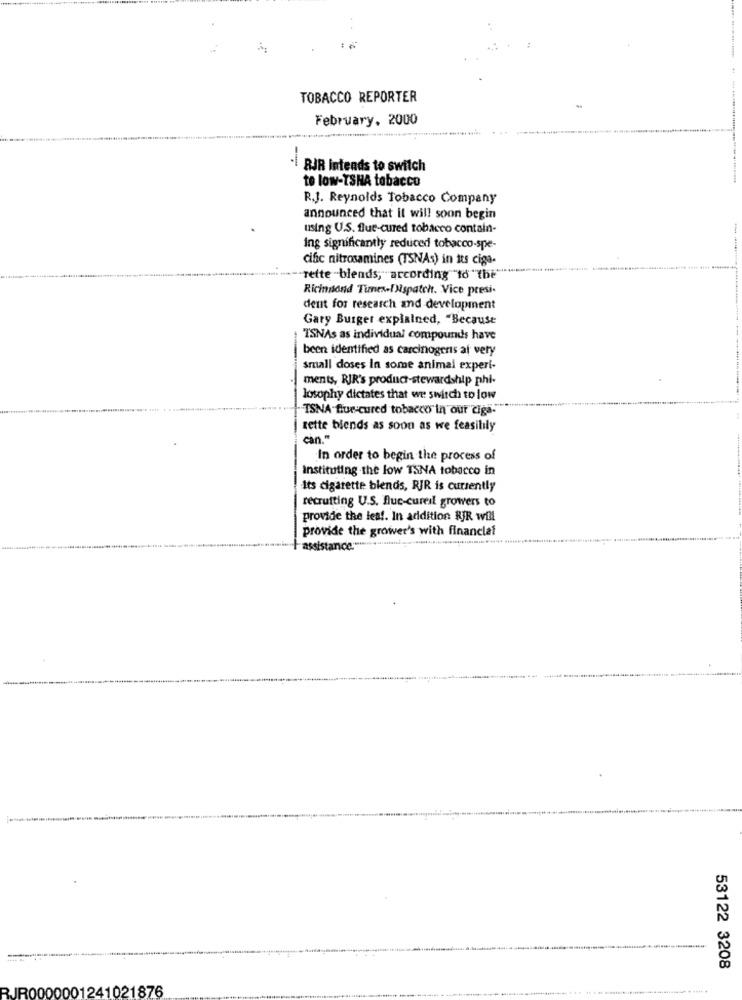
TOBACCO REPORTER
February, 2000
RJR intends to switch
-
to low-YSNA tobacco
R.J. Reynolds Tobacco Company
announced that it will soon begin
using U.S. flue-cured tobacco contain-
ing significantly reduced tobacco-spe-
cific nitrosamines (TSNAs) in its ciga-
.......... " --- Tette "blends, according "to "the'
Richmond Times-Dispatch. Vice presi-
dent for research and development
Gary Burger explained, "Because
TSNAs as individual compounds have
been identified as carcinogens al very
small doses in some animal experi-
ments, RIR's product-stewardship phi-
losophy dictates that we switch to low
"TSNA-flue-cured tobaccos'in our ciga."
zette blends as soon as we feasilily
can."
In order to begin the process of
Instituting the low TSNA tobacco in
Its cigarette blends, RIR is currently
recruiting U.S. fluc-cureil growers to
provide the les !. In addition RJR will
provide the grower's with financial
assistance."
53122 3208
RJR0000001241021876